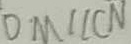
D M / / C N